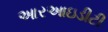
આરઆઇડીટી